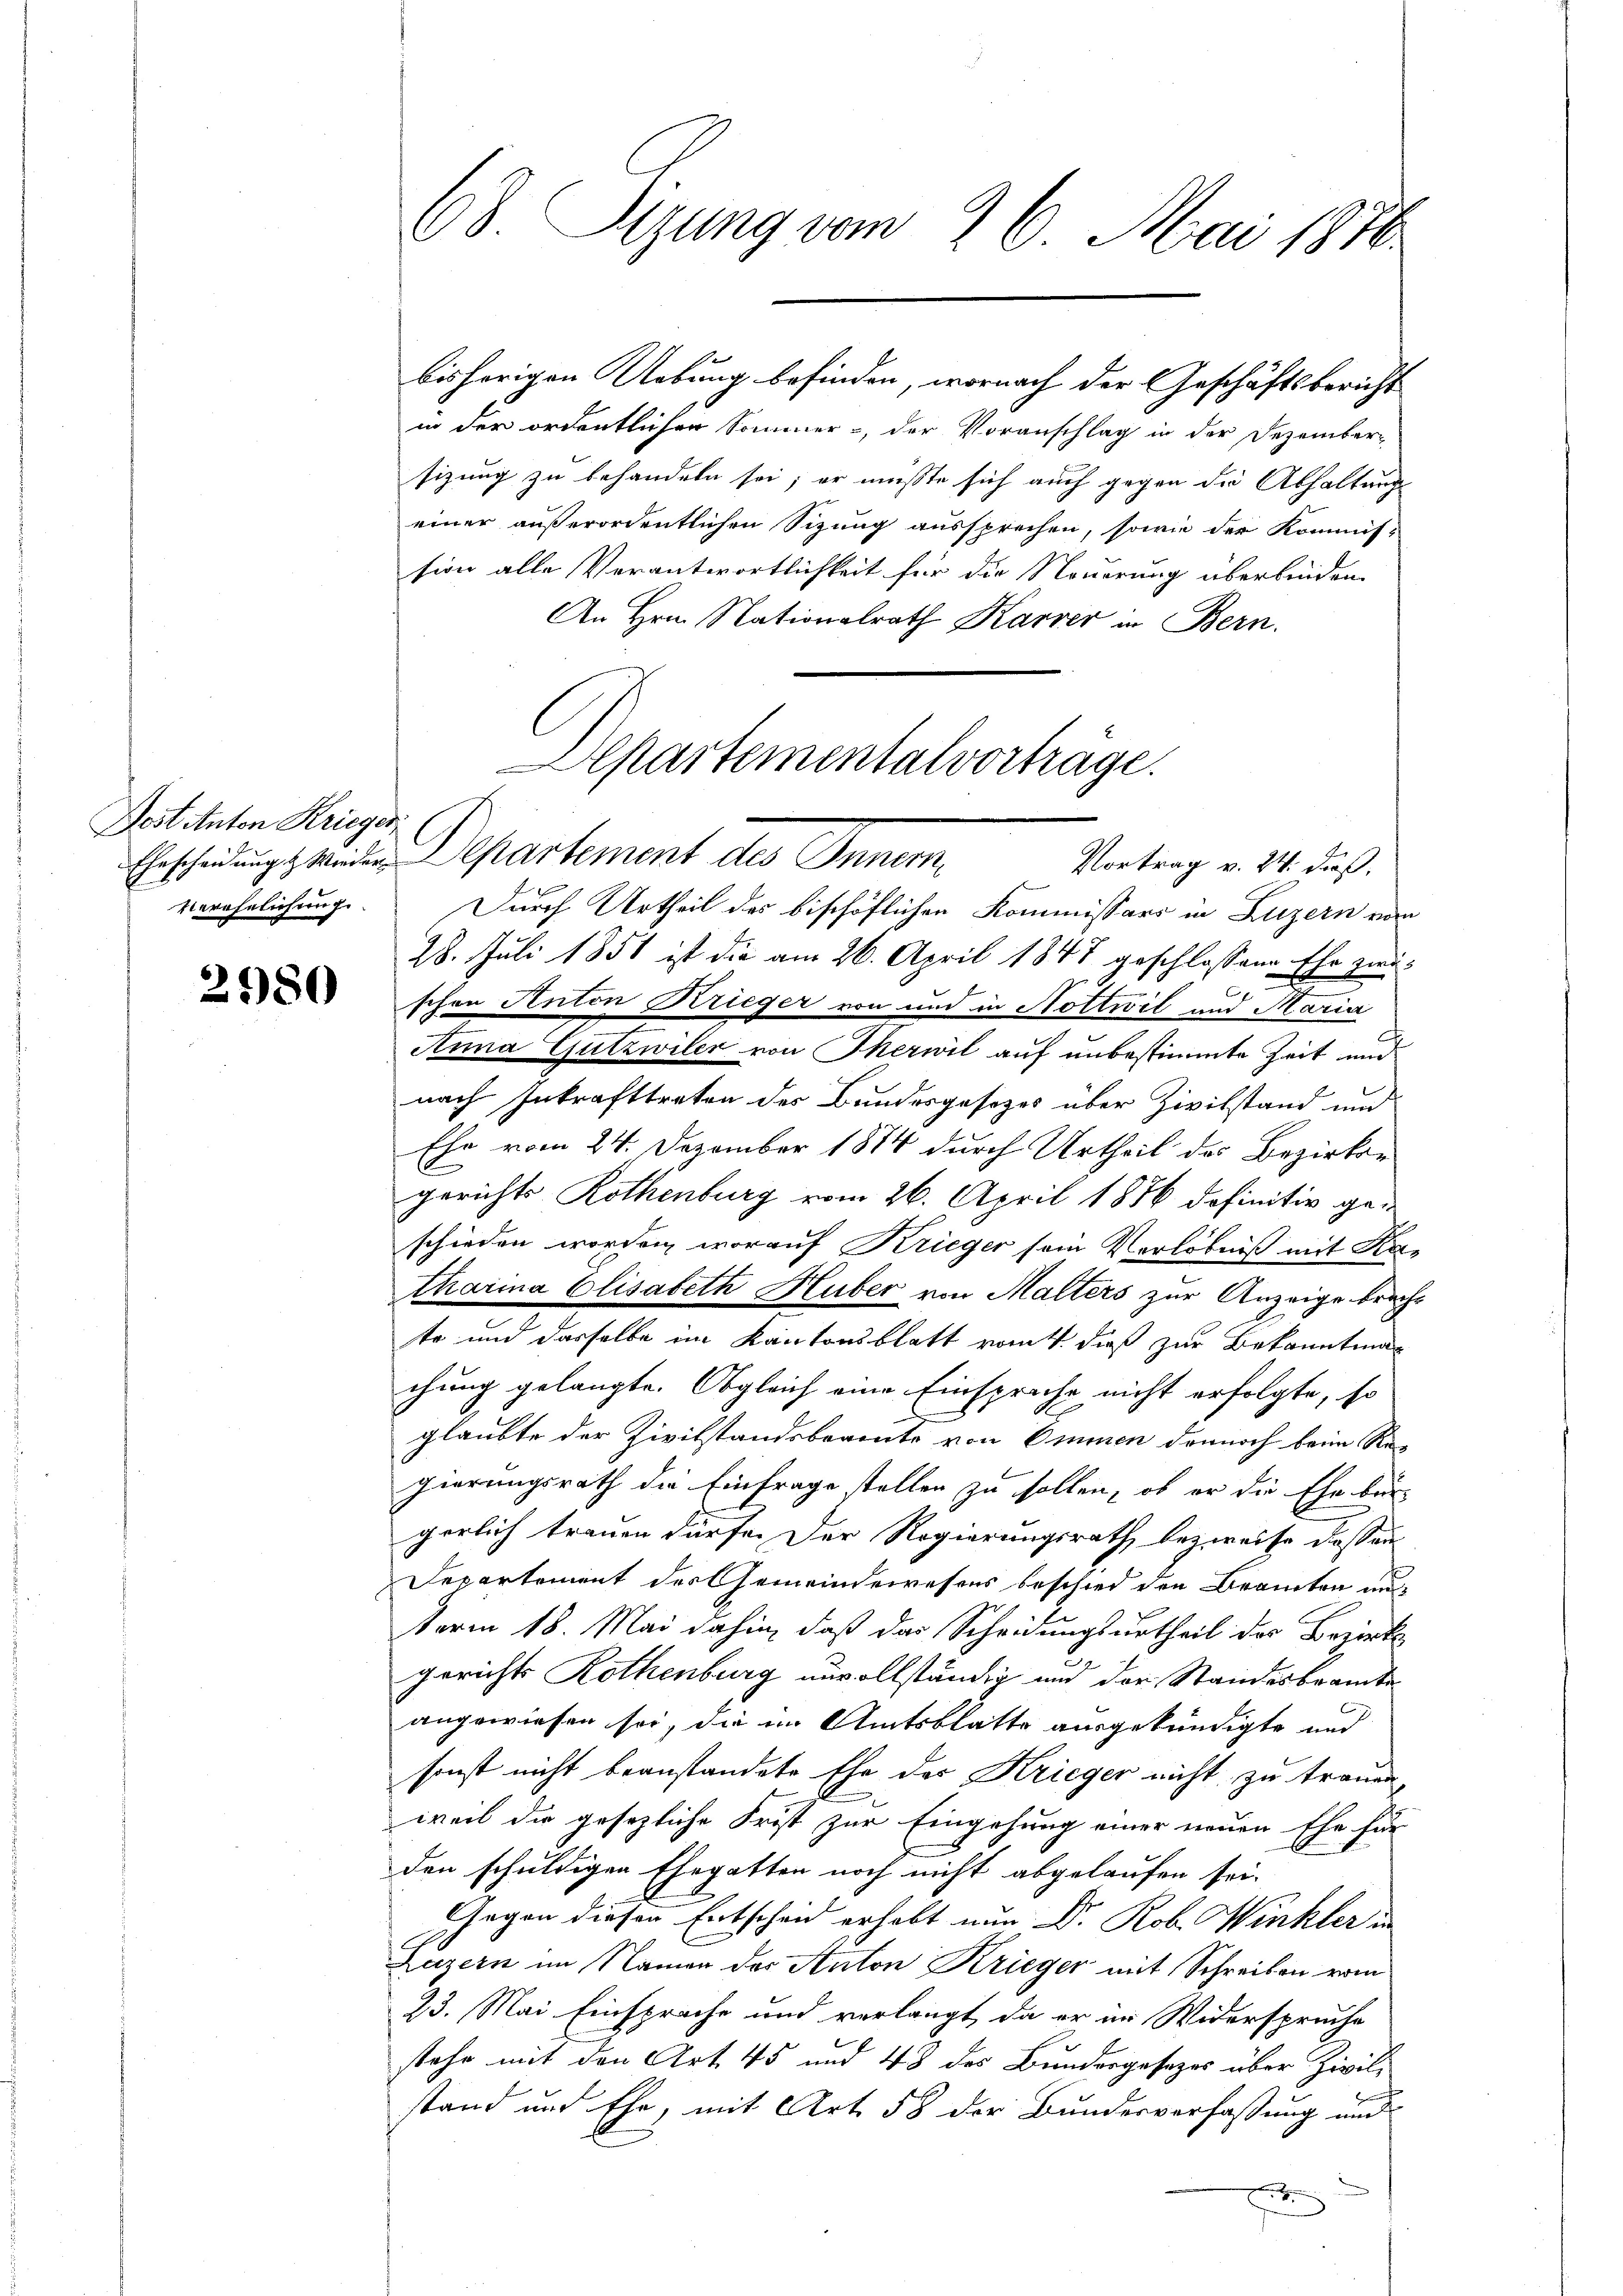
Dost Anton Krieger
Verehelichung.

2580

68. Sizung vom 26. Mai 1870.

in der ordentlichen Sommer, der Voranschlag in der Dezember-
sizung zu behandeln sei; er müsste sich auch gegen die Abhaltung
einer außerordentlichen Sizung aussprechen, sowie der Kommis-
sion alle Verantwortlichkeit für die Nouerung überbinden.
An Hrn. Nationalrath Karver in Bern.
Erscheidung. Weiden Departement des Inner,
Vortrag v. 24. dieß,
Durch Urtheil des bischöflichen Kommissärs in Luzern von
28. Juli 1851 ist die am 26. April 1847 geschlossene Ehe zwischon Anton Brieger von und in Nottwil und Maria
Anna Gutzwiler von Therwil auf unbestimmte Zeit und
nach Inkrafttreten des Bundesgesetzes über Zivilstand und
Ehe vom 24. Dezember 1874 durch Urtheil des Bezirke
gerichts Rothenburg vom 26. April 1886 definitiv geschieden worden, worauf Krieger sein Verlobniß mit Katharina Elisabeth Huber von Malters zur Anzeige bracht
te und dasselbe im Kantonsblatt rauch dieß zur Bekanntmachung gelangte. Obgleich eine Einspruche nicht erfolgte, so
glaubte der Zivilstandsbeamte von Ommen dennoch beim Re-
gierungsrath die Einfrage stellen zu sollen, ob er die Ehe bei
gerlich trauen dürfe. Der Regierungsrath bezweife dassen
Departement des Gemeindewesens beschied den Beamten auch
term 18. Mai dahin, daß das Scheidungsurtheil der Bezirks
gerichts Rothenburg unvollständig und der Standesbeamte
angewiesen sei, die im Amtsblatte ausgekündigte und
sonst nicht beanstandete Ehe der Krieger nicht zu trauen,
weil die gesezliche Frist zur Eingehung einer neuen Ehe für
den schuldigen Ehegatten noch nicht abgelaufen sei.
Gegen diesen Entschend erhebt nun Dr. Rob. Winkler in
Luzern im Namen der Anton Krieger mit Schreiben vom
23. Mai Einsprache und verlangt, da er in Widerspruche
stehe mit den Art. 45 und 48 des Bundergesezes über Zivilstand und Ehe, mit Art. 58 der Bundesverfassung und
n

bisherigen Uebung befinden, wornach der Geschäftsbericht

Aepartementalvorträge.